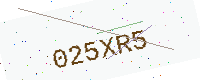
Text: 025XR5